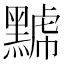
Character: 𪑷